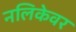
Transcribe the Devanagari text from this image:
नलिकेवर